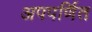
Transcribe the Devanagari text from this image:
अपपर्णित